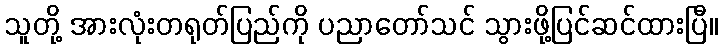
သူတို့ အားလုံးတရုတ်ပြည်ကို ပညာတော်သင် သွားဖို့ပြင်ဆင်ထားပြီ။